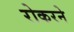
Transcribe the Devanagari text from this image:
रोकरने